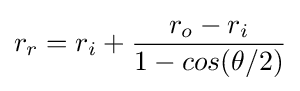
r_{r}=r_{i}+{\frac {r_{o}-r_{i}}{1-cos(\theta /2)}}